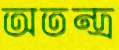
অতন্দ্র